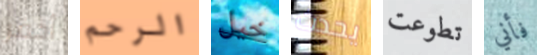
أحفر الرحم خيل يحدث تطوعت فأني